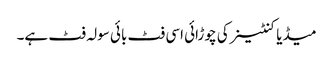
میڈیا کنٹینر کی چوڑائی اسی فٹ بائی سولہ فٹ ہے۔